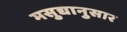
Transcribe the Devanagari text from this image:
मसुद्यानुसार